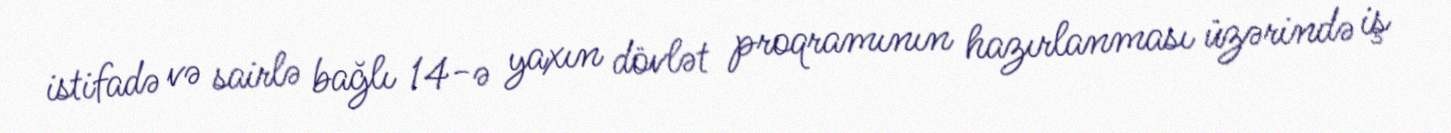
istifadə və sairlə bağlı 14-ə yaxın dövlət proqramının hazırlanması üzərində iş